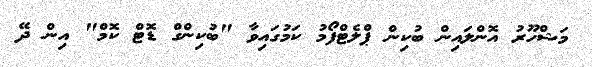
މަޝްހޫރު އޮންލައިން ބުކިން ޕްލެޓްފޯމު ކަމުގައިވާ "ބުކިންގް ޑޮޓް ކޮމް" އިން ދޭ